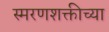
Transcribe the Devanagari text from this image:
स्मरणशक्तीच्या